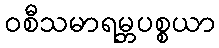
ဝစီသမာရမ္ဘပစ္စယာ